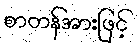
စာတန်အားဖြင့်